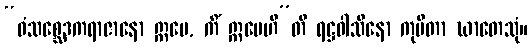
“ဝံသစ္ဆေဒကရာဇာနော ဣမေ, ကိံ ဣမေဟီ”တိ ရဋ္ဌဝါသိနော ကုပိတာ ဃာတေသုံ။